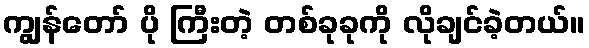
ကျွန်တော် ပို ကြီးတဲ့ တစ်ခုခုကို လိုချင်ခဲ့တယ်။